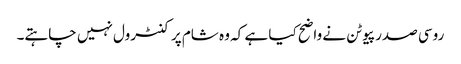
روسی صدر پیوٹن نے واضح کیا ہے کہ وہ شام پر کنٹرول نہیں چاہتے۔